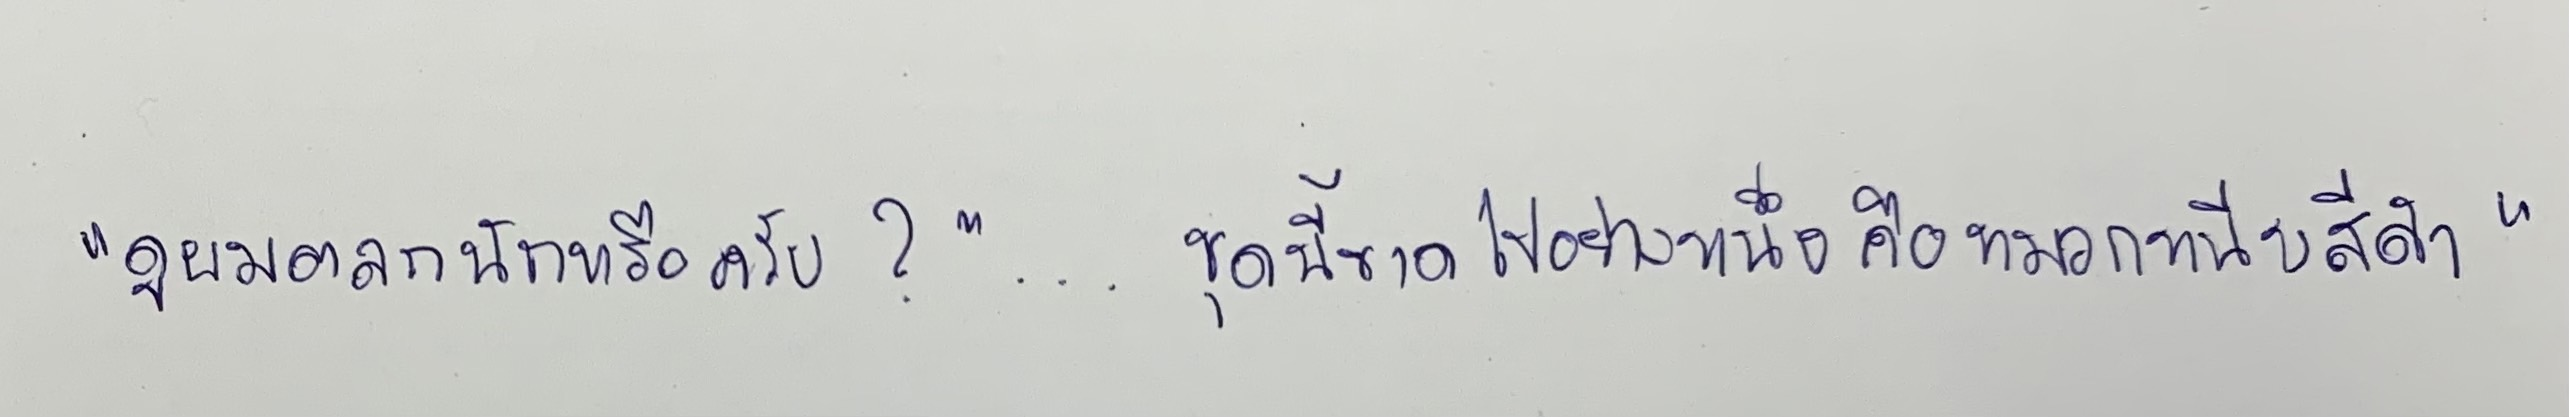
"ดูผมตลกนักหรือครับ?...ชุดนี้ขาดไปอย่างหนึ่งคือหมวกหนีบสีดำ"